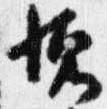
懐